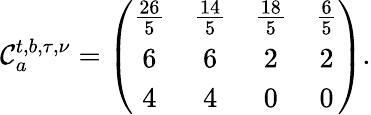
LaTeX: \mathcal{C}_{a}^{t,b,\tau,\nu}=\left(\begin{array}{cccc}{{{\frac{26}{5}}}}&{{{\frac{14}{5}}}}&{{{\frac{18}{5}}}}&{{{\frac{6}{5}}}}\\ {{6}}&{{6}}&{{2}}&{{2}}\\ {{4}}&{{4}}&{{0}}&{{0}}\end{array}\right).